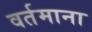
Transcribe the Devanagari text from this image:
वर्तमाना